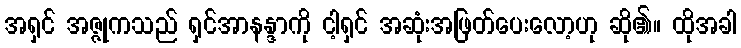
အရှင် အဇ္ဇုကသည် ရှင်အာနန္ဒာကို ငါ့ရှင် အဆုံးအဖြတ်ပေးလော့ဟု ဆို၏။ ထိုအခါ